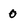
Character: 0